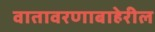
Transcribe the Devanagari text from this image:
वातावरणाबाहेरील